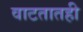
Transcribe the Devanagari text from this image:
वाटतातही